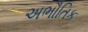
અભૌતિક